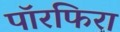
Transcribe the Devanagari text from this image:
पॉरफिरा